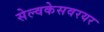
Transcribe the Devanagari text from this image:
सेल्वकेसवरयर